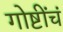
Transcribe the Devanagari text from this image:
गोष्टींचं